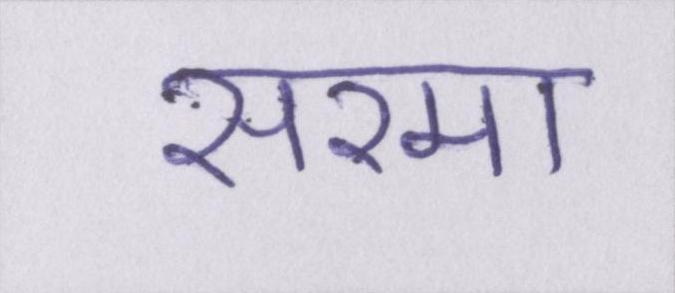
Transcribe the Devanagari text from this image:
सरमा